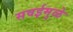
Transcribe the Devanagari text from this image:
सवईमुळे